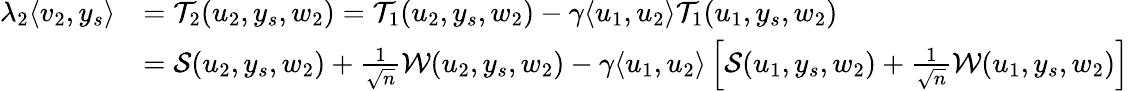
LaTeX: \begin{array}{rl}{\lambda_{2}\langle v_{2},y_{s}\rangle}&{={\mathcal{T}}_{2}(u_{2},y_{s},w_{2})={\mathcal{T}}_{1}(u_{2},y_{s},w_{2})-{\gamma}\langle u_{1},u_{2}\rangle{\mathcal{T}}_{1}(u_{1},y_{s},w_{2})}\\ &{={\mathcal{S}}(u_{2},y_{s},w_{2})+\frac{1}{\sqrt n}{\mathcal{W}}(u_{2},y_{s},w_{2})-{\gamma}\langle u_{1},u_{2}\rangle\left[{\mathcal{S}}(u_{1},y_{s},w_{2})+\frac{1}{\sqrt n}{\mathcal{W}}(u_{1},y_{s},w_{2})\right]}\end{array}